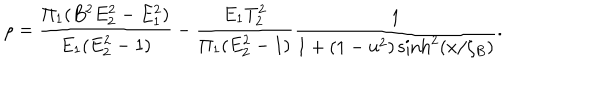
\rho = \frac { \Pi _ { 1 } ( B ^ { 2 } E _ { 2 } ^ { 2 } - E _ { 1 } ^ { 2 } ) } { E _ { 1 } ( E _ { 2 } ^ { 2 } - 1 ) } - \frac { E _ { 1 } T _ { 2 } ^ { 2 } } { \Pi _ { 1 } ( E _ { 2 } ^ { 2 } - 1 ) } \frac { 1 } { 1 + ( 1 - u ^ { 2 } ) \sinh ^ { 2 } ( x / \zeta _ { B } ) } .